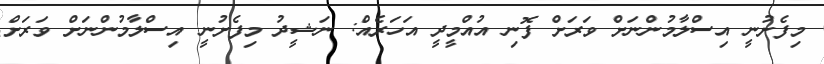
މިފެށުނީ އިސްލާމުންނަށް ވަރަށް ފޮނި އުއްމީދީ އަހަރެއް: ނަޝީދު މިފެށުނީ އިސްލާމުންނަށް ވަރަށް